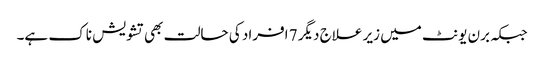
جبکہ برن یونٹ میں زیر علاج دیگر 7 افراد کی حالت بھی تشویش ناک ہے۔